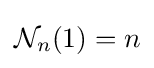
{\mathcal {N}}_{n}(1)=n